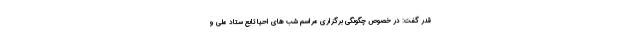
قدر گفت: در خصوص چگونگی برگزاری مراسم شب های احیا تابع ستاد ملی و